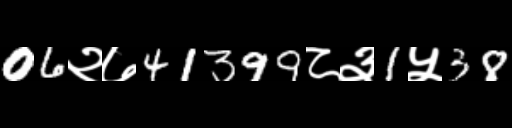
Text: 06२७41399८३1५38